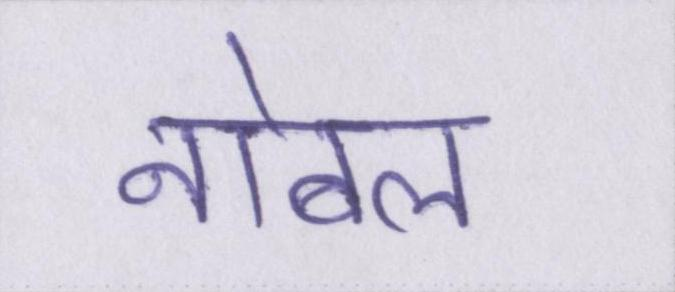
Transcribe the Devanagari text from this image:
नोबल